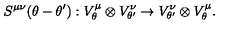
S ^ { \mu \nu } ( \theta - \theta ^ { \prime } ) : V _ { \theta } ^ { \mu } \otimes V _ { \theta ^ { \prime } } ^ { \nu } \rightarrow V _ { \theta ^ { \prime } } ^ { \nu } \otimes V _ { \theta } ^ { \mu } .